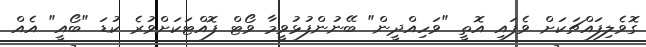
ގޮވެލިފައްޗަކަށް ވެފައި އޮތީ "ވަހިއްދީން" ބޭނުންފުޅުވީމާ ވޯޓް ފޮއްޓަކަށްވުރެ ކުޑަ "ބޯއީ" އެއް